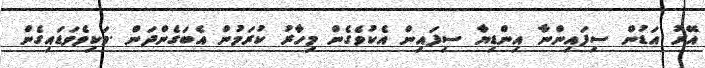
އޭރު އަޑުން ސިފައިންނާ އިންޑިޔާ ސިފައިން އެކުވެގެން މިހާރު ކުރަމުން އެބަގެންދަން .ވަކިވެވަޑައިގެން